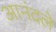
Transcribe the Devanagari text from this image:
आनंदले